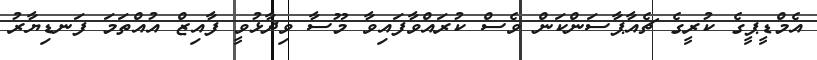
އެމްޑީޕީގެ ކުރީގެ ޗެއާޕާސަންކަން ވެސް ކުރައްވާފައިވާ މޫސާ ވިދާޅުވީ ފާއިޒް އުއްތަމަ ފަނޑިޔާރު